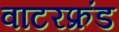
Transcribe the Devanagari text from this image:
वाटरफ्रंड